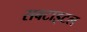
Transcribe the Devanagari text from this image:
सबटाइटल